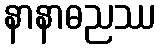
နာနာဓညဿ